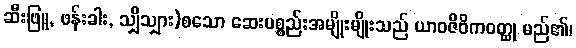
ဆီးဖြူ, ဖန်းခါး, သျှိသျှား)စသော ဆေးပစ္စည်းအမျိုးမျိုးသည် ယာဝဇီဝိကဝတ္ထု မည်၏၊